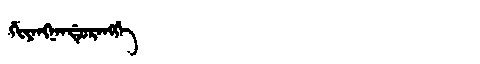
Manchu: ᡤᡳᠶᠠᠩᠨᠠᠨᡩᡠᡵᠠᠩᡤᡝ
Romanization: GIYANGNANDURANGGE